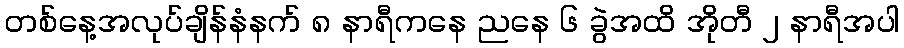
တစ်နေ့အလုပ်ချိန်နံနက် ၈ နာရီကနေ ညနေ ၆ ခွဲအထိ အိုတီ ၂ နာရီအပါ